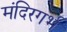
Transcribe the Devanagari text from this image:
मंदिरगर्भ